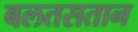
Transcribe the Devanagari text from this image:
बलतसतान